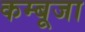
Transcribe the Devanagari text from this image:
कम्बूजा